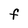
Character: F